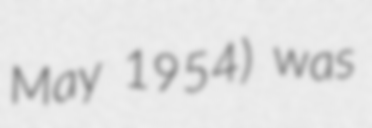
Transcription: May 1954) was